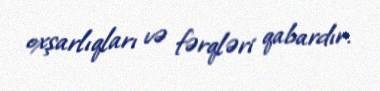
oxşarlıqları və fərqləri qabardır.